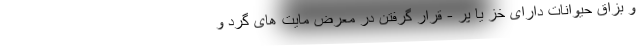
و بزاق حیوانات دارای خز یا پر - قرار گرفتن در معرض مایت های گرد و